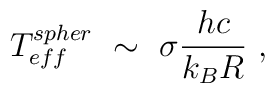
T^{spher}_{eff}\ \sim \ \sigma \frac{hc}{k_B R}\ ,